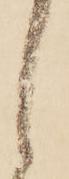
し